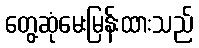
တွေ့ဆုံမေးမြန်းထားသည်